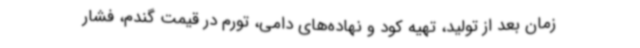
زمان بعد از تولید، تهیه کود و نهاده‌های دامی، تورم در قیمت گندم، فشار